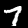
Digit: 7